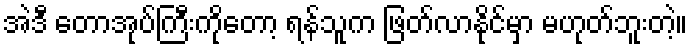
အဲဒီ တောအုပ်ကြီးကိုတော့ ရန်သူက ဖြတ်လာနိုင်မှာ မဟုတ်ဘူးတဲ့။